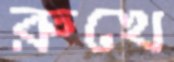
রুখে